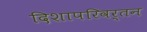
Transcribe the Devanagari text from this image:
दिशापरिवर्तन